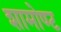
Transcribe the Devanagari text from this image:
शामोण्ट